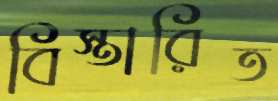
বিস্তারিত